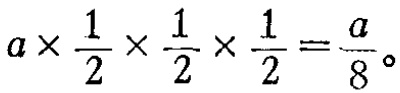
\(a\times\frac{1}{2}\times\frac{1}{2}\times\frac{1}{2}=\frac{a}{8}\)